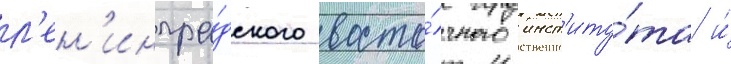
л'ен'ингра́дского восто́чного инст'иту́та и́